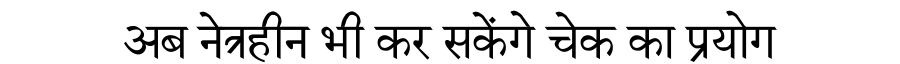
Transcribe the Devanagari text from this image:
अब नेत्रहीन भी कर सकेंगे चेक का प्रयोग